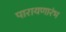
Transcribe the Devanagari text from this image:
पारायणारंभ